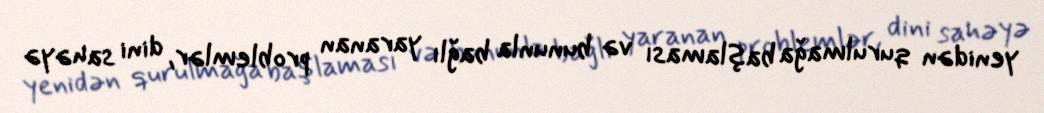
yenidən qurulmağa başlaması və bununla bağlı yaranan problemlər, dini sahəyə